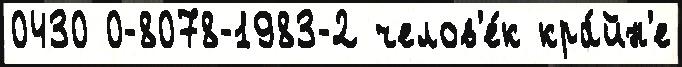
0430 0-8078-1983-2 челов'е́к кра́йн'е